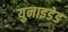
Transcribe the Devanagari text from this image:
युनाइडेड